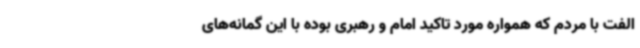
الفت با مردم که همواره مورد تاکید امام و رهبری بوده با این گمانه‌های